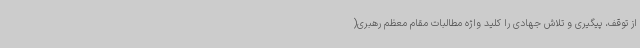
از توقف، پیگیری و تلاش جهادی را کلید واژه مطالبات مقام معظم رهبری(